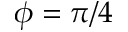
\phi = \pi / 4